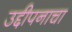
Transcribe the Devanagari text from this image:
उद्दीपनाचा